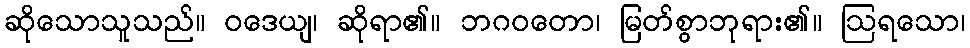
ဆိုသောသူသည်။ ဝဒေယျ၊ ဆိုရာ၏။ ဘဂဝတော၊ မြတ်စွာဘုရား၏။ ဩရသော၊